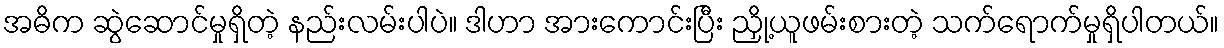
အဓိက ဆွဲဆောင်မှုရှိတဲ့ နည်းလမ်းပါပဲ။ ဒါဟာ အားကောင်းပြီး ညှို့ယူဖမ်းစားတဲ့ သက်ရောက်မှုရှိပါတယ်။